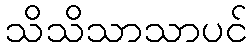
သိသိသာသာပင်